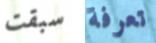
سبقت تعرفة